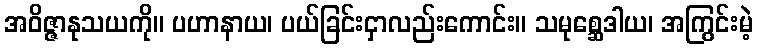
အဝိဇ္ဇာနုသယကို။ ပဟာနာယ၊ ပယ်ခြင်းငှာလည်းကောင်း။ သမုစ္ဆေဒါယ၊ အကြွင်းမဲ့